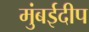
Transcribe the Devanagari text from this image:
मुंबईदीप